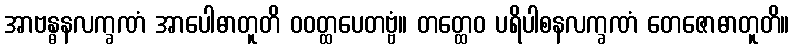
အာဗန္ဓနလက္ခဏံ အာပေါဓာတူတိ ဝဝတ္ထပေတဗ္ဗံ။ တတ္ထေဝ ပရိပါစနလက္ခဏံ တေဇောဓာတူတိ။